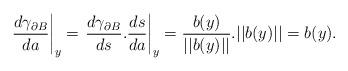
LaTeX: \begin{align*} \left.\frac{d\gamma_{\partial B}}{da}\right|_y = \left.\frac{d\gamma_{\partial B}}{ds}.\frac{ds}{da}\right|_y = \frac{b(y)}{||b(y)||}.||b(y)|| = b(y).\end{align*}